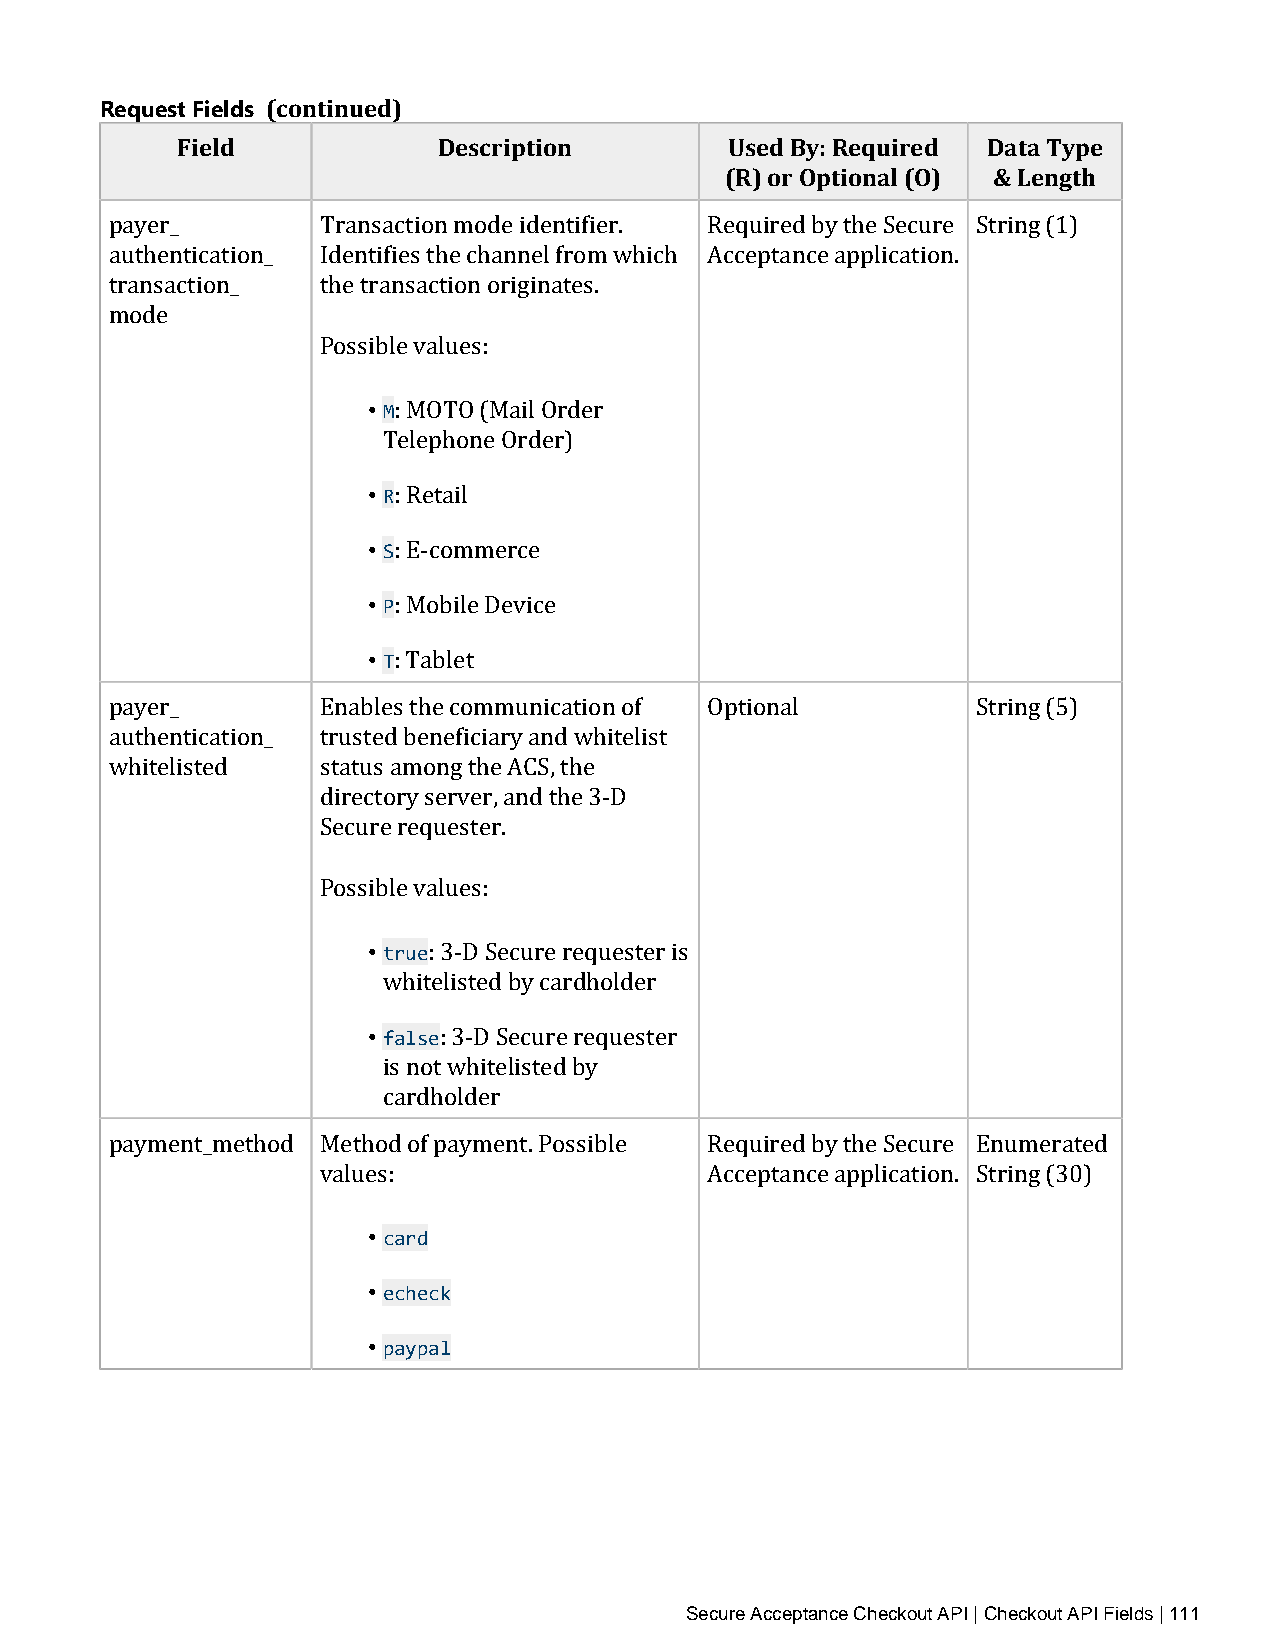
Request Fields (continued)
 Field            Description        Used By: Required Data Type
 (R) or Optional (O) & Length
 payer_        Transaction mode identifier. Required by the Secure String (1)
 authentication_ Identifies the channel from which Acceptance application.
 transaction_  the transaction originates.
 mode
 Possible values:
 • M
 : MOTO (Mail Order
 • TRelephone Order)
 • S: Retail
 • P: E‑commerce
 • T: Mobile Device
 : Tablet
 payer_        Enables the communication of Optional       String (5)
 authentication_ trusted beneficiary and whitelist
 whitelisted   status among the ACS, the
 directory server, and the 3‑D
 Secure requester.
 Possible values:
 • true
 : 3‑D Secure requester is
 • wfahlisteelisted by cardholder
 : 3‑D Secure requester
 is not whitelisted by
 cardholder
 payment_method Method of payment. Possible Required by the Secure Enumerated
 values:                   Acceptance application. String (30)
 • card
 • echeck
 • paypal
 Secure Acceptance Checkout API | Checkout API Fields | 111